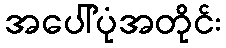
အပေါ်ပုံအတိုင်း